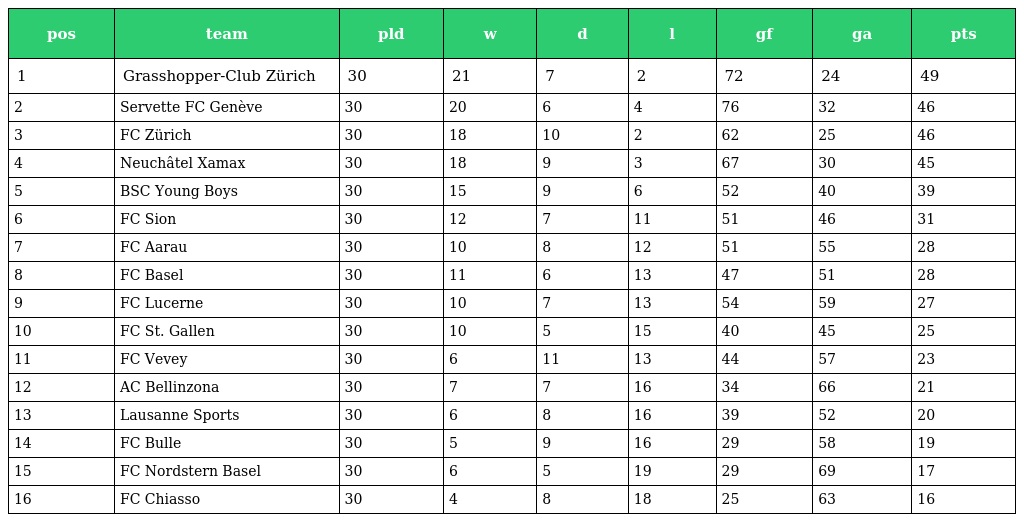
| pos | team | pld | w | d | l | gf | ga | pts |
 | --- | --- | --- | --- | --- | --- | --- | --- | --- |
 | 1 | Grasshopper-Club Zürich | 30 | 21 | 7 | 2 | 72 | 24 | 49 |
 | 2 | Servette FC Genève | 30 | 20 | 6 | 4 | 76 | 32 | 46 |
 | 3 | FC Zürich | 30 | 18 | 10 | 2 | 62 | 25 | 46 |
 | 4 | Neuchâtel Xamax | 30 | 18 | 9 | 3 | 67 | 30 | 45 |
 | 5 | BSC Young Boys | 30 | 15 | 9 | 6 | 52 | 40 | 39 |
 | 6 | FC Sion | 30 | 12 | 7 | 11 | 51 | 46 | 31 |
 | 7 | FC Aarau | 30 | 10 | 8 | 12 | 51 | 55 | 28 |
 | 8 | FC Basel | 30 | 11 | 6 | 13 | 47 | 51 | 28 |
 | 9 | FC Lucerne | 30 | 10 | 7 | 13 | 54 | 59 | 27 |
 | 10 | FC St. Gallen | 30 | 10 | 5 | 15 | 40 | 45 | 25 |
 | 11 | FC Vevey | 30 | 6 | 11 | 13 | 44 | 57 | 23 |
 | 12 | AC Bellinzona | 30 | 7 | 7 | 16 | 34 | 66 | 21 |
 | 13 | Lausanne Sports | 30 | 6 | 8 | 16 | 39 | 52 | 20 |
 | 14 | FC Bulle | 30 | 5 | 9 | 16 | 29 | 58 | 19 |
 | 15 | FC Nordstern Basel | 30 | 6 | 5 | 19 | 29 | 69 | 17 |
 | 16 | FC Chiasso | 30 | 4 | 8 | 18 | 25 | 63 | 16 |